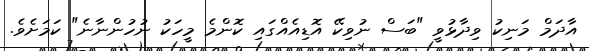
އާދަމް މަނިކު ވިދާޅުވީ "ބަސް ނުވިކޭ އޮޑިއެއްގައި ކޮންމެ މީހަކު ނުހުންނާނެ" ކަމަށެވެ.